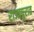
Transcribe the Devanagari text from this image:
राजापुरात